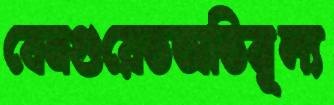
বেনগুয়েতঅতিমূল্য